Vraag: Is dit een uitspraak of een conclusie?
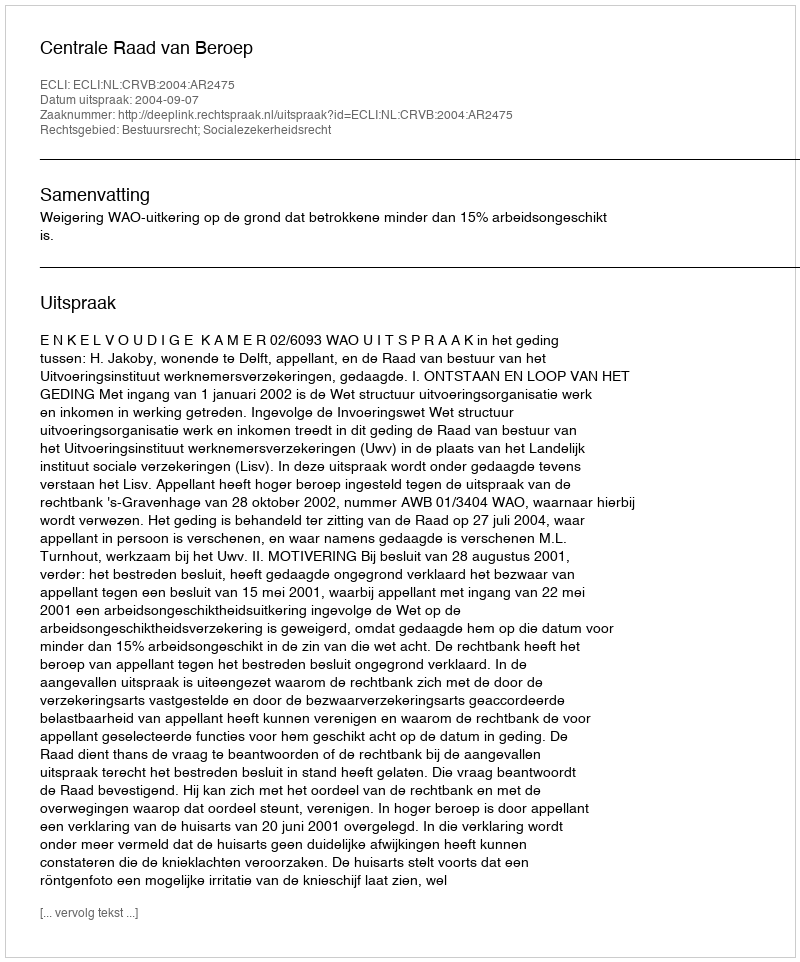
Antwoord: Uitspraak